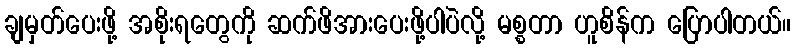
ချမှတ်ပေးဖို့ အစိုးရတွေကို ဆက်ဖိအားပေးဖို့ပါပဲလို့ မစ္စတာ ဟူစိန်က ပြောပါတယ်။